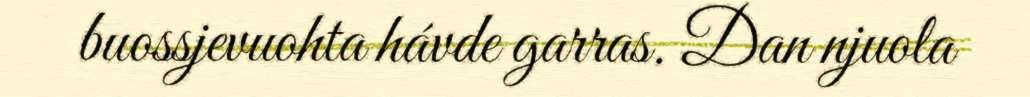
buossjevuohta hávde garras. Dan njuola